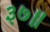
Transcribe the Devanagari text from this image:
३७॥